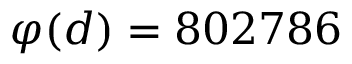
\varphi ( d ) = 8 0 2 7 8 6